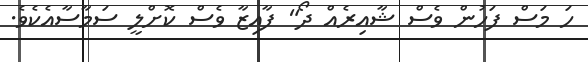
ހަ މަސް ފަހުން ވެސް ޝާއިރެއް ދޯ" ފާއިޒާ ވެސް ކޮށްލީ ސަމާސާއެކެވެ.